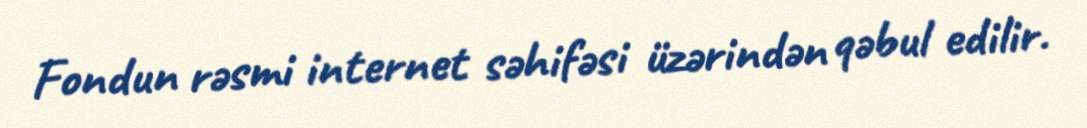
Fondun rəsmi internet səhifəsi üzərindən qəbul edilir.